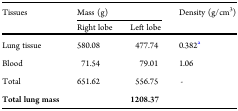
<table><thead><tr><td><b>Tissues</b></td><td colspan="2"><b>Mass (g)</b></td><td rowspan="2"><b>Density (g/cm<sup>3</sup>)</b></td></tr><tr><td></td><td><b>Right lobe</b></td><td><b>Left lobe</b></td></tr></thead><tbody><tr><td>Lung tissue</td><td>580.08</td><td>477.74</td><td>0.382<sup>a</sup></td></tr><tr><td>Blood</td><td>71.54</td><td>79.01</td><td>1.06</td></tr><tr><td>Total</td><td>651.62</td><td>556.75</td><td>-</td></tr><tr><td><b>Total lung mass</b></td><td></td><td><b>1208.37</b></td><td></td></tr></tbody></table>